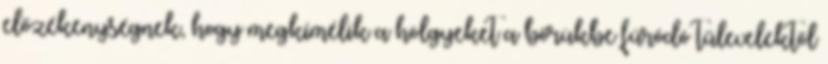
előzékenységnek, hogy megkímélik a hölgyeket a bőrükbe fúródó tűlevelektől